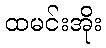
ထမင်းအိုး